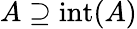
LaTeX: A\supseteq\operatorname{int}(A)